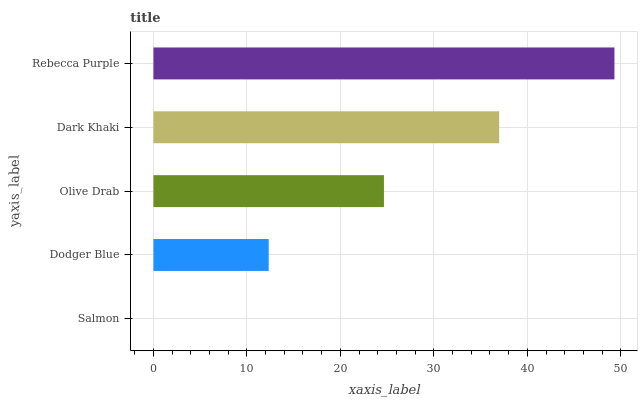
| yaxis_label | bars |
 | --- | --- |
 | Salmon | 0 |
 | Dodger Blue | 12.3 |
 | Olive Drab | 24.7 |
 | Dark Khaki | 37 |
 | Rebecca Purple | 49.3 |